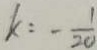
k : - \frac { 1 } { 2 0 }